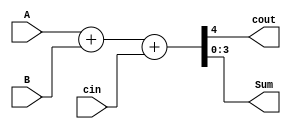
// 4 bit adder
// dataflow model

module adder_4_bit(cout,Sum,A,B,cin);
    output [3:0] Sum;
    output cout;
    input [3:0] A;
    input [3:0] B;
    input cin;
    assign {cout,Sum}=A+B+cin;
endmodule

// test bench code

module test_adder_4_bit();
    wire [3:0] Sum;
    wire cout;
    reg [3:0] A;
    reg [3:0] B;
    reg cin;
    adder_4_bit G(cout,Sum,A,B,cin);
    initial
	begin
	    A=4'b0111;B=4'b1110;cin=0;
	    #100 A=4'b0001;B=4'b0010;cin=0;
	end
endmodule